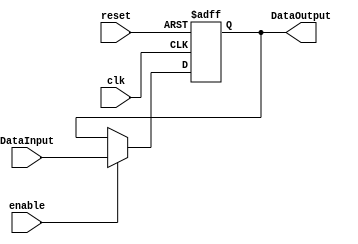
/******************************************************************
* Description
*	This the basic register that is used in the register file
*	1.0
* Author:
*	Dr. Jos Luis Pizano Escalante
* email:
*	luispizano@iteso.mx
* Date:
*	01/03/2014
******************************************************************/
module Register
#(
	parameter N=32
)
(
	input clk,
	input reset,
	input enable,
	input  [N-1:0] DataInput,
	
	
	output reg [N-1:0] DataOutput
);

always@(negedge reset or posedge clk) begin
	if(reset==0)
		DataOutput <= 0;
	else	
		if(enable==1)
			DataOutput<=DataInput;
end

endmodule